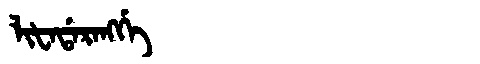
Manchu: ᠯᡳᡶᠠᡩᠠᡵᠠᠩᡤᡝ
Romanization: LIFADARANGGE